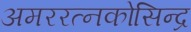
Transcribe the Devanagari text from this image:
अमररत्नकोसिन्द्र